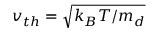
v _ { t h } = \sqrt { k _ { B } T / m _ { d } }